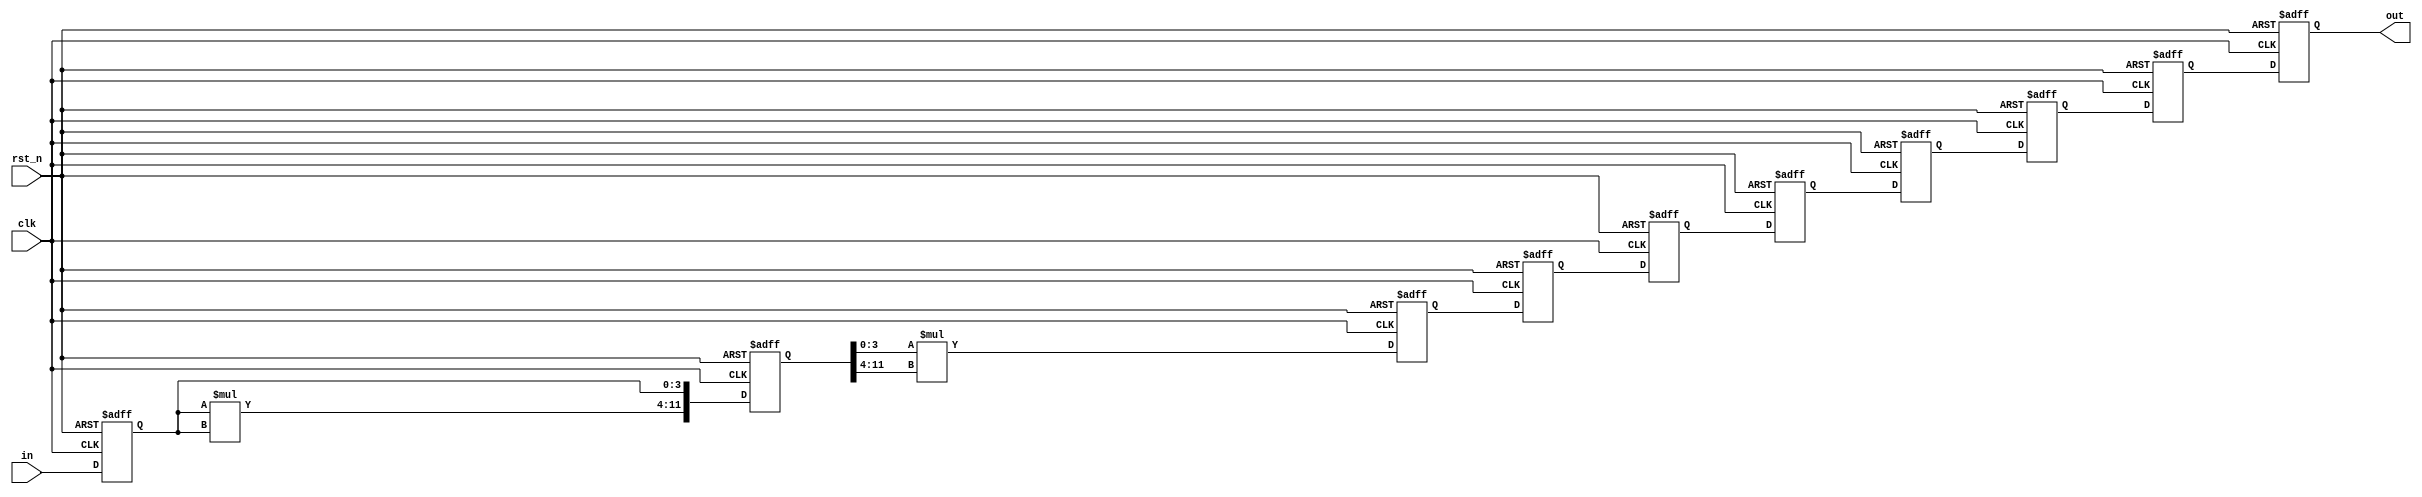
module cube #(
    parameter width = 4,
    parameter pipeline_width = 9
    ) (
    input  [  width-1:0] in,
    input                clk,
    input                rst_n,
    output [3*width-1:0] out
    );

    reg  [  width-1:0] in_reg;
    wire [2*width-1:0] sq_temp;
    reg  [3*width-1:0] pipe [pipeline_width-1:0];
    reg  [3*width-1:0] out_reg;

    assign sq_temp = in_reg*in_reg; // square of two digits stores in sq_temp

    always @(posedge clk or negedge rst_n) begin
        if(~rst_n) begin
            in_reg <= 0;
            pipe[0] <= 0;
        end else begin
            in_reg <= in;
            pipe [0] <= {sq_temp, in_reg};
        end
    end

    assign out = out_reg;

    genvar i;
    generate
        begin
            if(pipeline_width == 1) begin
                always@(posedge clk, negedge rst_n) begin
                    if (~rst_n) begin
                        out_reg <= 0;
                    end else begin
                        out_reg <= pipe [0][width-1:0] * pipe [0][3*width-1:width];
                    end
                end
            end else begin
                for (i = 1; i < pipeline_width; i=i+1) begin
                    if (i == pipeline_width-1) begin
                        always @(posedge clk or negedge rst_n) begin
                            if(~rst_n) begin
                                out_reg <= 0;
                            end else begin
                                out_reg <= pipe[i-1];
                            end
                        end
                    end else if (i == 1) begin
                        always @(posedge clk or negedge rst_n) begin
                            if(~rst_n) begin
                                pipe[1] <= 0;
                            end else begin
                                pipe[1] <= pipe [0][width-1:0] * pipe [0][3*width-1:width];
                            end
                        end
                    end else begin
                        always @(posedge clk, negedge rst_n) begin
                            if (~rst_n) begin
                                pipe[i] <= 0;
                            end else begin
                               pipe [i]  <= pipe [i-1]; 
                            end
                        end
                    end
                end 
            end
        end
    endgenerate
endmodule